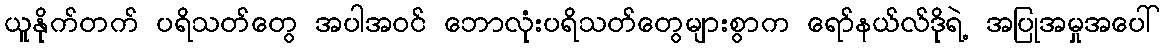
ယူနိုက်တက် ပရိသတ်တွေ အပါအဝင် ဘောလုံးပရိသတ်တွေများစွာက ရော်နယ်လ်ဒိုရဲ့ အပြုအမှုအပေါ်